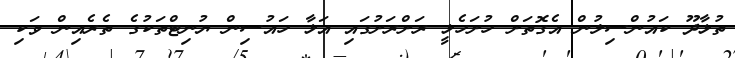
ތުޅާދޫ ކައުންސިލުން އެގޮތަށް ހުށަހެޅީ ރަށްރަށުގައި އަޅާ ހައުސިން ޔުނިޓްތަކުގެ ތެރެއިން ވަކި